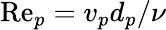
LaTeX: \mathrm{Re}_{p}=v_{p}d_{p}/\nu